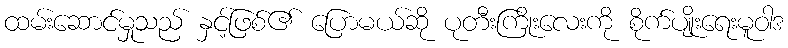
ထမ်းဆောင်မှုသည် နှင့်ဖြစ်၏ ပြောမယ်ဆို ပုတီးကြိုးလေးကို စိုက်ပျိုးရေးမူဝါဒ